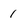
Character: 1